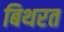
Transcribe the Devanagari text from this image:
बिथरत